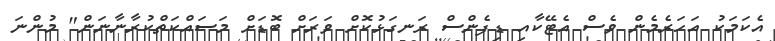
އެކަމަކު އަހަރެމެން ވެސް އެޓޭކާއި ޑިފެންސް ރަނގަޅުކޮށް ވަރަށް ބޮޑަށް މަސައްކަތްކުރާނާނަން" މުންނަ